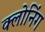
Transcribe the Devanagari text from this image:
क्‍लोनिंग